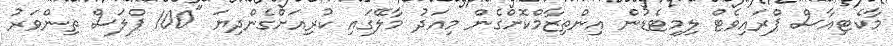
މާކެޓިއާސް ޕްރައިވެޓް ލިމިޓެޑުން އިންތިޒާމްކޮށްގެން މިއަދު މާލޭގައި ކުރިއަށްގެންދިޔަ "100 ޕްލަސް ތިންވަރު